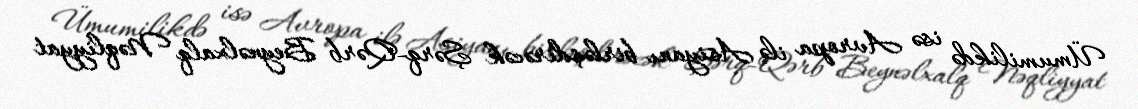
Ümumilikdə isə Avropa ilə Asiyanı birləşdirəcək Şərq-Qərb Beynəlxalq Nəqliyyat